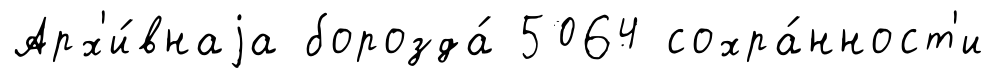
Арх'и́внаjа борозда́ 5064 сохра́нност'и